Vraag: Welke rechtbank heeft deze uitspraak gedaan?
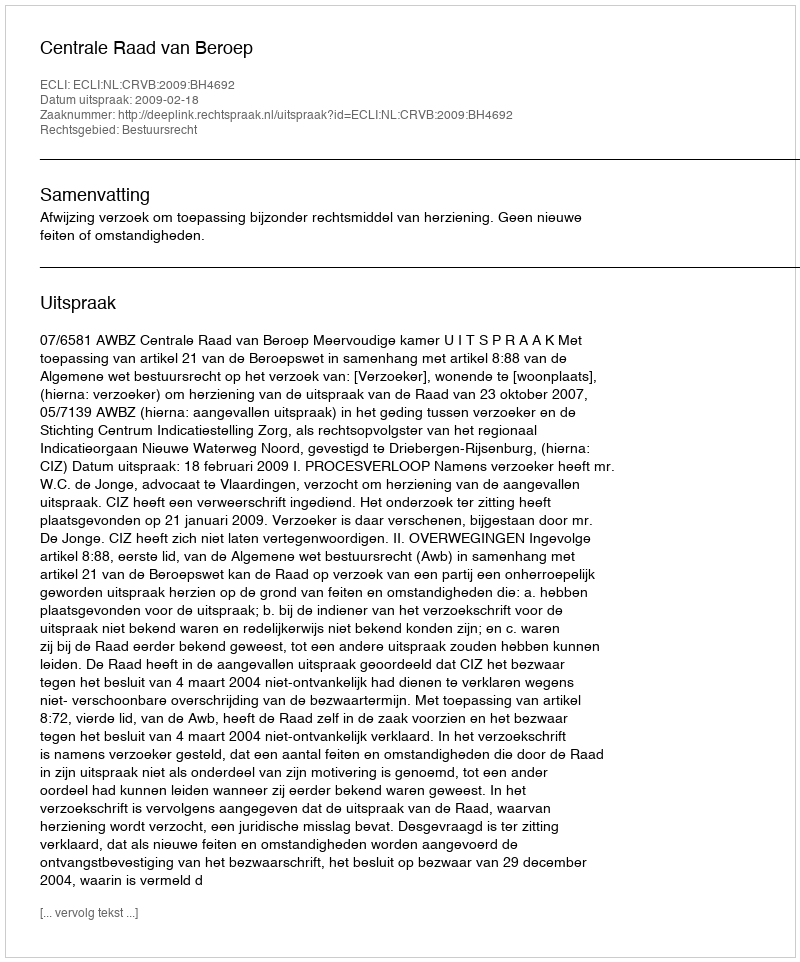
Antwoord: Centrale Raad van Beroep